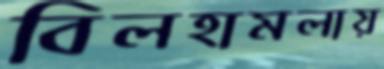
বিলহামলায়